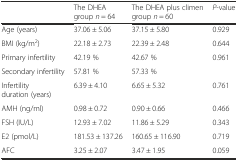
<table><thead><tr><td></td><td><b>The DHEA group <i>n</i> = 64</b></td><td><b>The DHEA plus climen group <i>n</i> = 60</b></td><td><b><i>P</i>-value</b></td></tr></thead><tbody><tr><td>Age (years)</td><td>37.06 ± 5.06</td><td>37.15 ± 5.80</td><td>0.929</td></tr><tr><td>BMI (kg/m<sup>2</sup>)</td><td>22.18 ± 2.73</td><td>22.39 ± 2.48</td><td>0.644</td></tr><tr><td>Primary infertility</td><td>42.19 %</td><td>42.67 %</td><td>0.961</td></tr><tr><td>Secondary infertility</td><td>57.81 %</td><td>57.33 %</td><td></td></tr><tr><td>Infertility duration (years)</td><td>6.39 ± 4.10</td><td>6.65 ± 5.32</td><td>0.761</td></tr><tr><td>AMH (ng/ml)</td><td>0.98 ± 0.72</td><td>0.90 ± 0.66</td><td>0.466</td></tr><tr><td>FSH (IU/L)</td><td>12.93 ± 7.02</td><td>11.86 ± 5.29</td><td>0.343</td></tr><tr><td>E2 (pmol/L)</td><td>181.53 ± 137.26</td><td>160.65 ± 116.90</td><td>0.719</td></tr><tr><td>AFC</td><td>3.25 ± 2.07</td><td>3.47 ± 1.95</td><td>0.059</td></tr></tbody></table>